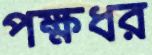
পক্ষধর